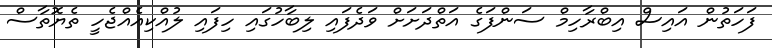
ފަހަތުން އައިސް އިބްރާހިމް ސަންފަގެ އަތްދަށަށް ވަދެފައި ލިބާހުގައި ހިފައި ލުއްކިއެއްޖެހީ ތެޔޮތާސް